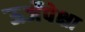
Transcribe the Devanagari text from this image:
ऊर्जेपेक्षा